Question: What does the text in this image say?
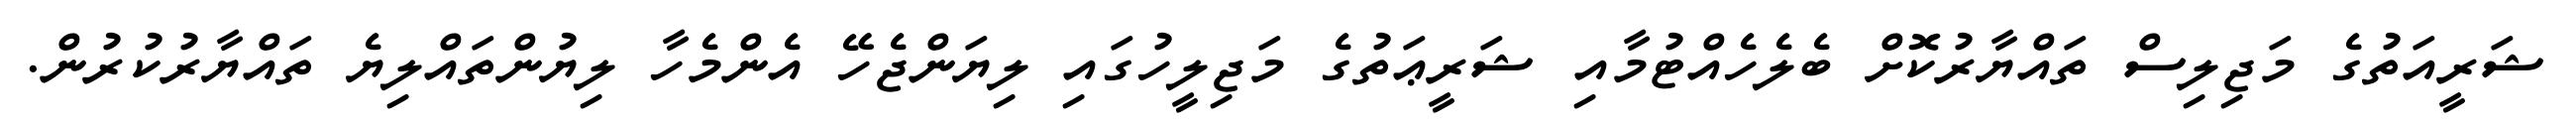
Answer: ޝަރީއަތުގެ މަޖިލިސް ތައްޔާރުކޮށް ބެލެހެއްޓުމާއި ޝަރީޢަތުގެ މަޖިލީހުގައި ލިޔަންޖެހޭ އެންމެހާ ލިޔުންތައްލިޔެ ތައްޔާރުކުރުން.